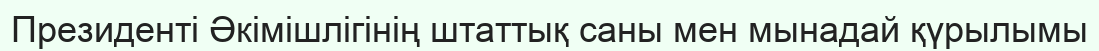
Президенті Әкімішлігінің штаттық саны мен мынадай қүрылымы